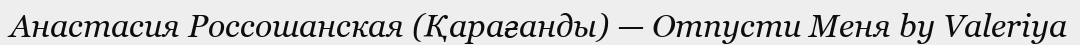
Анастасия Россошанская (Қарағанды) — Отпусти Меня by Valeriya